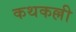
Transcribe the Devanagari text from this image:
कथकल्ली